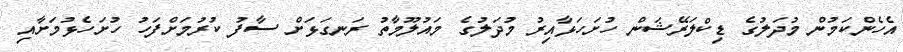
އެހެންކަމުން މުދަލުގެ ޑިކްލަރޭޝަން ހުށަހަޅާއިރު މުދަލުގެ މައުލޫމާތު ރަނގަޅަށް ސާފު ކުރުމަށްފަހު ހުށަހެޅުމަށާއި